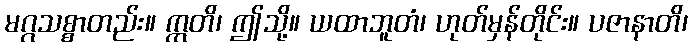
မဂ္ဂသစ္စာတည်း။ ဣတိ၊ ဤသို့။ ယထာဘူတံ၊ ဟုတ်မှန်တိုင်း။ ပဇာနာတိ၊